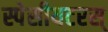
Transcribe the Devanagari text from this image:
स्पेसीयटरस्